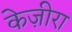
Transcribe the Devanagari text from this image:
केज़ीरा